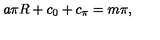
a \pi R + c _ { 0 } + c _ { \pi } = m \pi ,